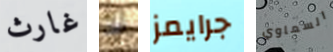
غارث أذ جرايمز السماوي